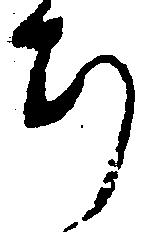
ち